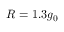
R = 1 . 3 g _ { 0 }